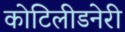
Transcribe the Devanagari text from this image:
कोटिलीडनेरी